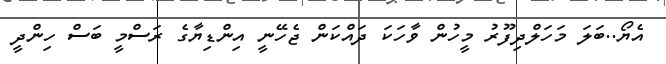
އެޔޯ..ބަލަ މަހަލްދިފޫރު މީހުން ވާހަކަ ދައްކަން ޖެހޭނީ އިންޑިޔާގެ ރަސްމީ ބަސް ހިންދީ